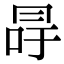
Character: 冔